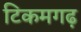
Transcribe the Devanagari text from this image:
टिकमगढ़